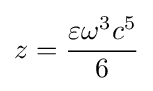
z={\frac {\varepsilon \omega ^{3}c^{5}}{6}}